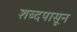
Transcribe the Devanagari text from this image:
शब्दपासून